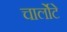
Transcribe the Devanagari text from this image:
चार्लोटे